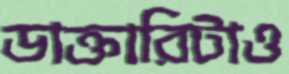
ডাক্তারিটাও